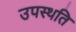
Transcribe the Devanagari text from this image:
उपस्थति